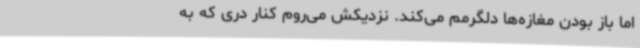
اما باز بودن مغازه‌ها دلگرمم می‌کند. نزدیکش می‌روم کنار دری که به